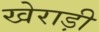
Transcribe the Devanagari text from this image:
खेराड़ी